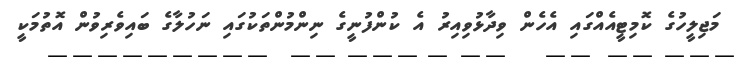
މަޖިލީހުގެ ކޮމިޓީއެއްގައި އެހެން ވިދާޅުވިއިރު އެ ކުންފުނީގެ ނިންމުންތަކުގައި ނަހުލާގެ ބައިވެރިވުން އޮތުމަކީ